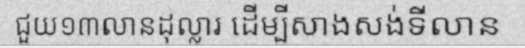
ជួយ១៣លានដុល្លារ ដើម្បីសាងសង់ទីលាន